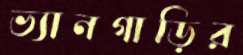
ভ্যানগাড়ির